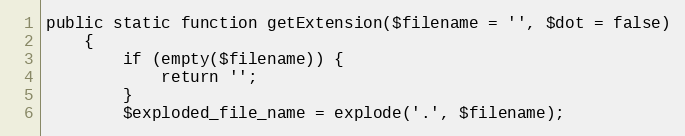
Language: PHP
public static function getExtension($filename = '', $dot = false)
    {
        if (empty($filename)) {
            return '';
        }
        $exploded_file_name = explode('.', $filename);